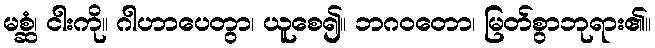
မစ္ဆံ၊ ငါးကို။ ဂါဟာပေတွာ၊ ယူစေ၍။ ဘဂဝတော၊ မြတ်စွာဘုရား၏။